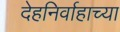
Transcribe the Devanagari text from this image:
देहनिर्वाहाच्या